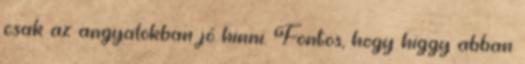
csak az angyalokban jó hinni. Fontos, hogy higgy abban